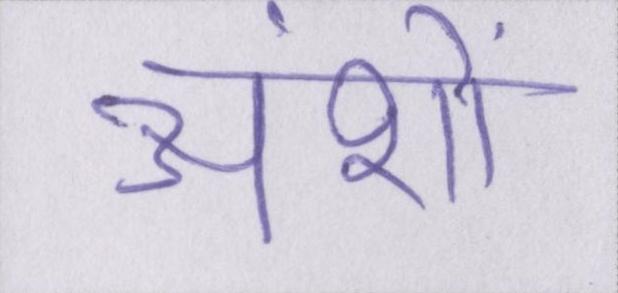
अंशों